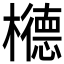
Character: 𱤰